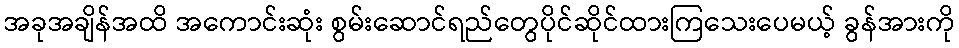
အခုအချိန်အထိ အကောင်းဆုံး စွမ်းဆောင်ရည်တွေပိုင်ဆိုင်ထားကြသေးပေမယ့် ခွန်အားကို